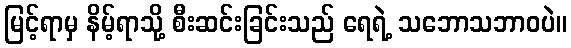
မြင့်ရာမှ နိမ့်ရာသို့ စီးဆင်းခြင်းသည် ရေရဲ့ သဘောသဘာဝပဲ။